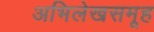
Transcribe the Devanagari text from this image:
अभिलेखसमूह